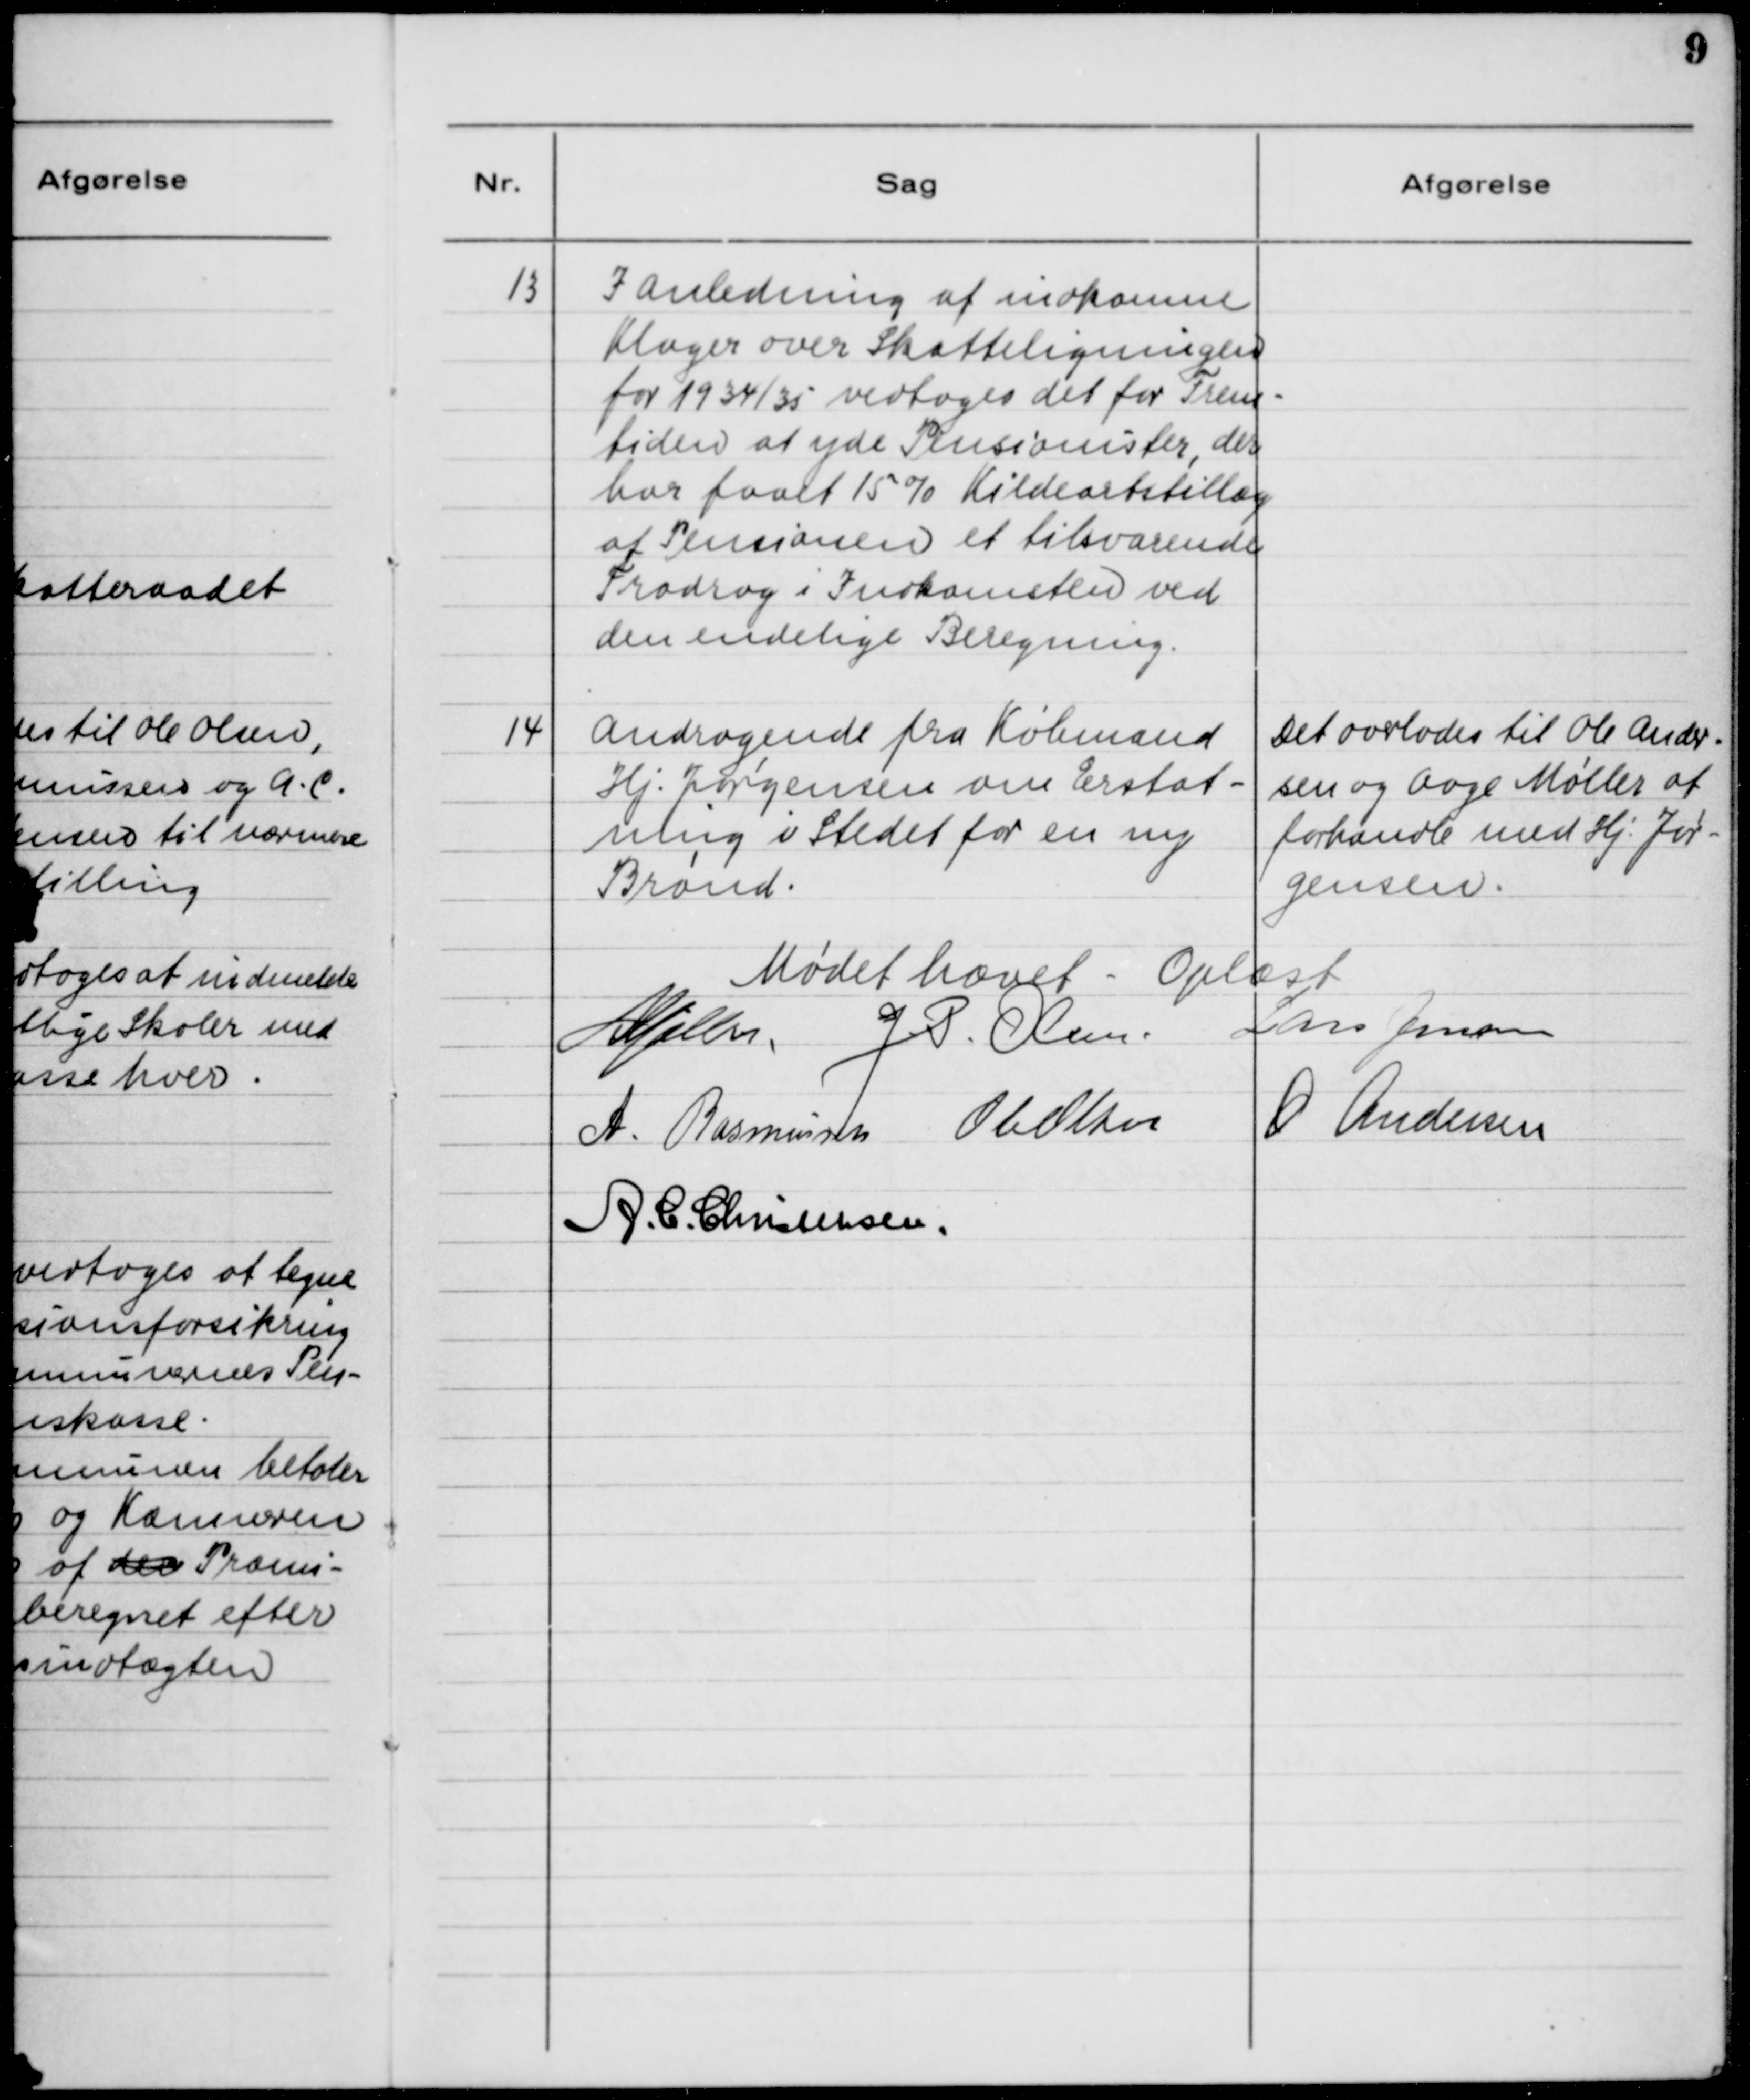
Transskription:
13

I Anledning af indkomne
Klager over Skatteligningen
for 1934/35 vedtoges det for Frem-
tiden at yde Pensionister, der
har faaet 15% Kildeartstillæg
af Pensionen et tilsvarende
Fradrag i Indkomsten ved
den endelige Beregning.

14

Andragende fra Købmand
Hj. Jørgensen om Erstat-
ning i Stedet for en ny
Brønd.

Det overlades til Ole Ander-
sen og Aage Møller at
forhandle med Hj. Jør-
gensen.

Mødet hævet. Oplæst.